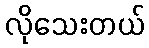
လိုသေးတယ်